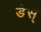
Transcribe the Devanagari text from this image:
डेस्